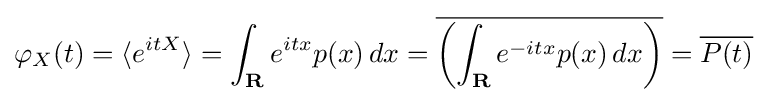
\varphi _{X}(t)=\langle e^{itX}\rangle =\int _{\mathbf {R} }e^{itx}p(x)\,dx={\overline {\left(\int _{\mathbf {R} }e^{-itx}p(x)\,dx\right)}}={\overline {P(t)}}